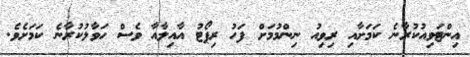
އިންޓަވިއުކުރާނެ ކަމަށާއި ރިވިއު ނިންމުމަށް ފަހު ރިޕޯޓު އާއިލާއާ ވެސް ހަވާލުކުރާނެ ކަމަށެވެ.